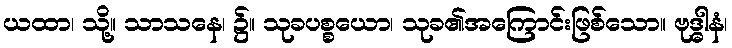
ယထာ၊ သို့။ သာသနေ၊ ၌။ သုခပစ္စယော၊ သုခ၏အကြောင်းဖြစ်သော။ ဗုဒ္ဓါနံ၊